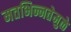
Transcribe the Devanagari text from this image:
मतभिन्नतेमुळे